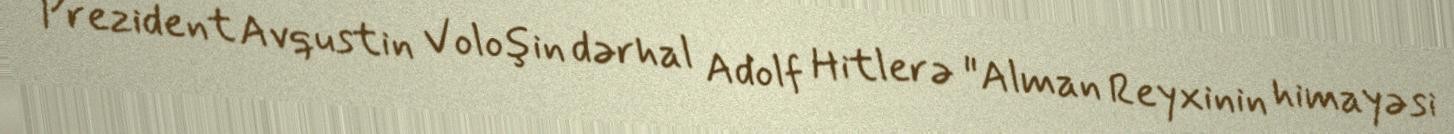
Prezident Avqustin Voloşin dərhal Adolf Hitlerə "Alman Reyxinin himayəsi